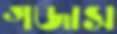
গজাস